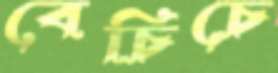
বেচিচে